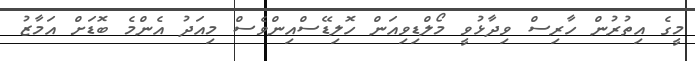
މީގެ އިތުރުން ހާރިސް ވިދާޅުވީ މޯލްޑިވިއަން ހޮލިޑޭސްއިންވެސް މިއަދު އެންމެ ބޮޑަށް އަމާޒު